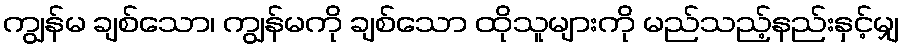
ကျွန်မ ချစ်သော၊ ကျွန်မကို ချစ်သော ထိုသူများကို မည်သည့်နည်းနှင့်မျှ